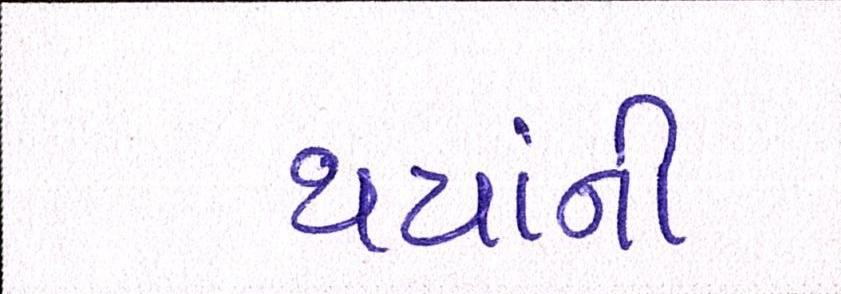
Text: થયાંની